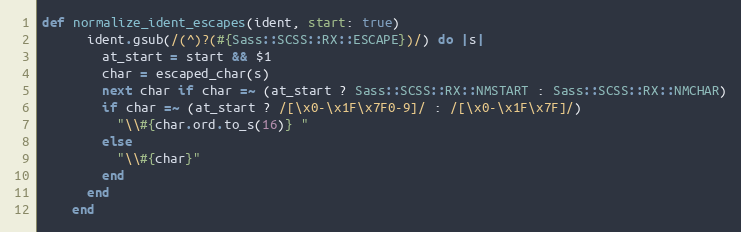
Language: Ruby
def normalize_ident_escapes(ident, start: true)
      ident.gsub(/(^)?(#{Sass::SCSS::RX::ESCAPE})/) do |s|
        at_start = start && $1
        char = escaped_char(s)
        next char if char =~ (at_start ? Sass::SCSS::RX::NMSTART : Sass::SCSS::RX::NMCHAR)
        if char =~ (at_start ? /[\x0-\x1F\x7F0-9]/ : /[\x0-\x1F\x7F]/)
          "\\#{char.ord.to_s(16)} "
        else
          "\\#{char}"
        end
      end
    end